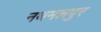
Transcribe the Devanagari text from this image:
नथमलपुर